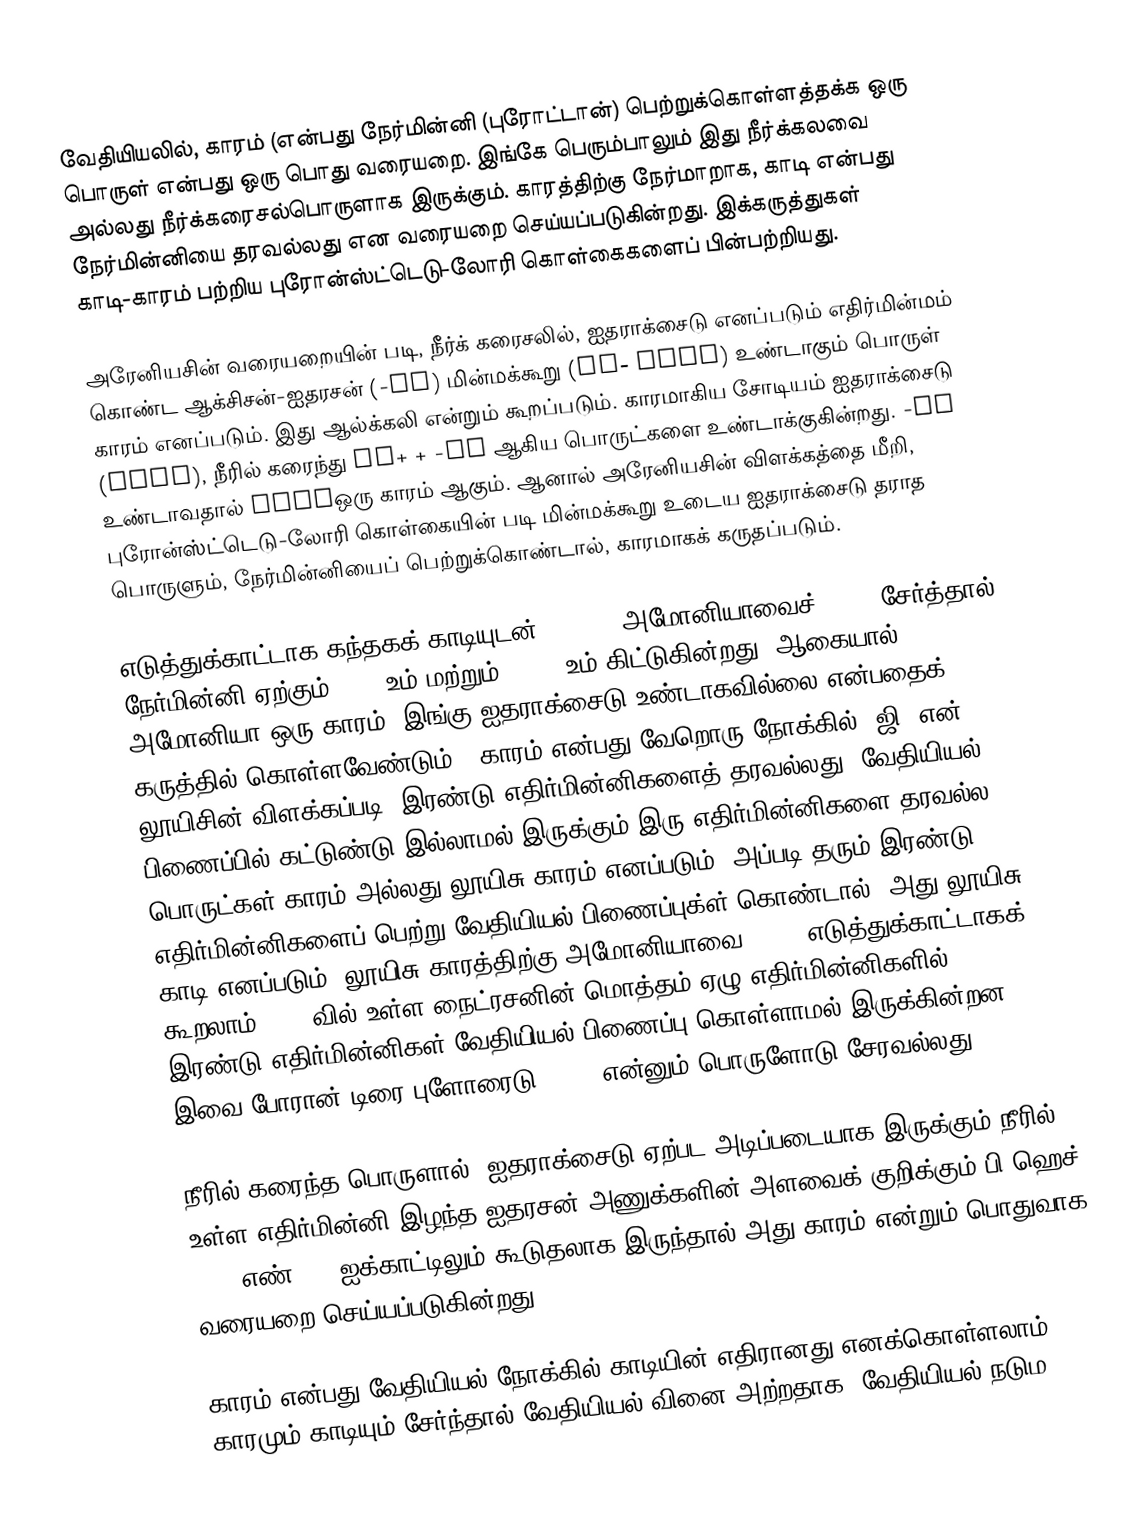
வேதியியலில், காரம் (என்பது நேர்மின்னி (புரோட்டான்) பெற்றுக்கொள்ளத்தக்க ஒரு பொருள் என்பது ஒரு பொது வரையறை. இங்கே பெரும்பாலும் இது நீர்க்கலவை அல்லது நீர்க்கரைசல்பொருளாக இருக்கும். காரத்திற்கு நேர்மாறாக, காடி என்பது நேர்மின்னியை தரவல்லது என வரையறை செய்யப்படுகின்றது. இக்கருத்துகள் காடி-காரம் பற்றிய புரோன்ஸ்ட்டெடு-லோரி கொள்கைகளைப் பின்பற்றியது.

அரேனியசின் வரையறையின் படி, நீர்க் கரைசலில், ஐதராக்சைடு எனப்படும் எதிர்மின்மம் கொண்ட ஆக்சிசன்-ஐதரசன் (-OH) மின்மக்கூறு (OH− ions) உண்டாகும் பொருள் காரம் எனப்படும். இது ஆல்க்கலி என்றும் கூறப்படும். காரமாகிய சோடியம் ஐதராக்சைடு (NaOH), நீரில் கரைந்து Na+   +   -OH ஆகிய பொருட்களை உண்டாக்குகின்றது. -OH உண்டாவதால் NaOHஒரு காரம் ஆகும். ஆனால் அரேனியசின் விளக்கத்தை மீறி, புரோன்ஸ்ட்டெடு-லோரி கொள்கையின் படி மின்மக்கூறு உடைய ஐதராக்சைடு தராத பொருளும், நேர்மின்னியைப் பெற்றுக்கொண்டால், காரமாகக் கருதப்படும்.

எடுத்துக்காட்டாக கந்தகக் காடியுடன் (H2SO4) அமோனியாவைச் (NH3) சேர்த்தால், நேர்மின்னி ஏற்கும் NH4+ உம் மற்றும் HSO4- உம் கிட்டுகின்றது, ஆகையால் அமோனியா ஒரு காரம் (இங்கு ஐதராக்சைடு உண்டாகவில்லை என்பதைக் கருத்தில் கொள்ளவேண்டும்). காரம் என்பது வேறொரு நோக்கில், ஜி. என். லூயிசின் விளக்கப்படி, இரண்டு எதிர்மின்னிகளைத் தரவல்லது. வேதியியல் பிணைப்பில் கட்டுண்டு இல்லாமல் இருக்கும் இரு எதிர்மின்னிகளை தரவல்ல பொருட்கள் காரம் அல்லது லூயிசு காரம் எனப்படும். அப்படி தரும் இரண்டு எதிர்மின்னிகளைப் பெற்று வேதியியல் பிணைப்புக்ள் கொண்டால், அது லூயிசு காடி எனப்படும். லூயிசு காரத்திற்கு அமோனியாவை (NH3) எடுத்துக்காட்டாகக் கூறலாம்: NH3 வில் உள்ள நைட்ரசனின் மொத்தம் ஏழு எதிர்மின்னிகளில், இரண்டு எதிர்மின்னிகள் வேதியியல் பிணைப்பு கொள்ளாமல் இருக்கின்றன, இவை போரான் டிரை-புளோரைடு (BF3) என்னும் பொருளோடு சேரவல்லது.

நீரில் கரைந்த பொருளால், ஐதராக்சைடு ஏற்பட அடிப்படையாக இருக்கும் நீரில் உள்ள எதிர்மின்னி இழந்த ஐதரசன் அணுக்களின் அளவைக் குறிக்கும் பி.ஹெச் (pH) எண் 7.0 ஐக்காட்டிலும் கூடுதலாக இருந்தால் அது காரம் என்றும் பொதுவாக வரையறை செய்யப்படுகின்றது.

காரம் என்பது வேதியியல் நோக்கில் காடியின் எதிரானது எனக்கொள்ளலாம். காரமும் காடியும் சேர்ந்தால் வேதியியல் வினை அற்றதாக (வேதியியல் நடும